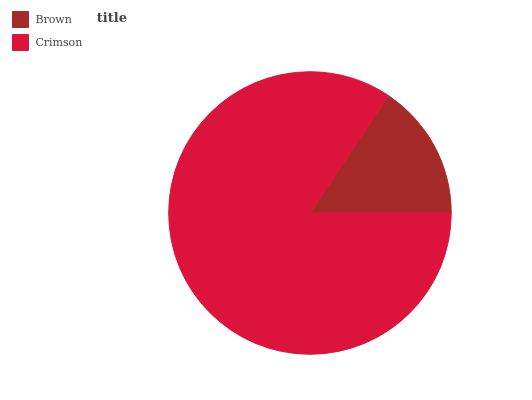
| Brown | Crimson |
 | --- | --- |
 | 15.6% | 84.4% |